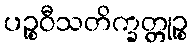
ပဉ္စဝီသတိက္ခတ္တုဉ္စ